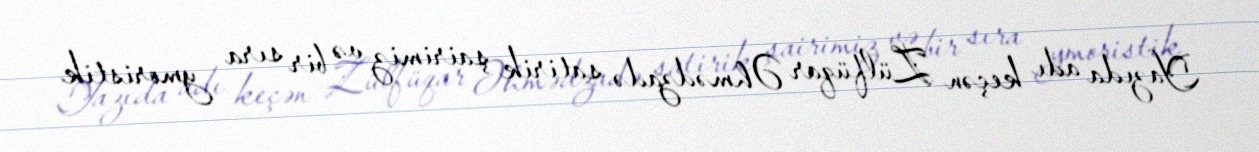
Yazıda adı keçən Zülfüqar Əhmədzadə satirik şairimiz və bir sıra ymoristik